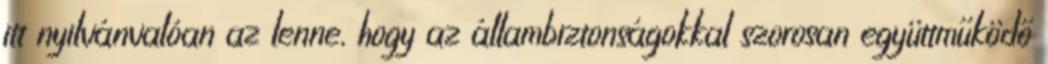
itt nyilvánvalóan az lenne, hogy az állambiztonságokkal szorosan együttműködő